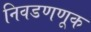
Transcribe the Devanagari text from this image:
निवडणणूक